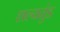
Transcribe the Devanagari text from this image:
शल्यतुंड